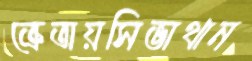
ক্রেতায়সিভাথান